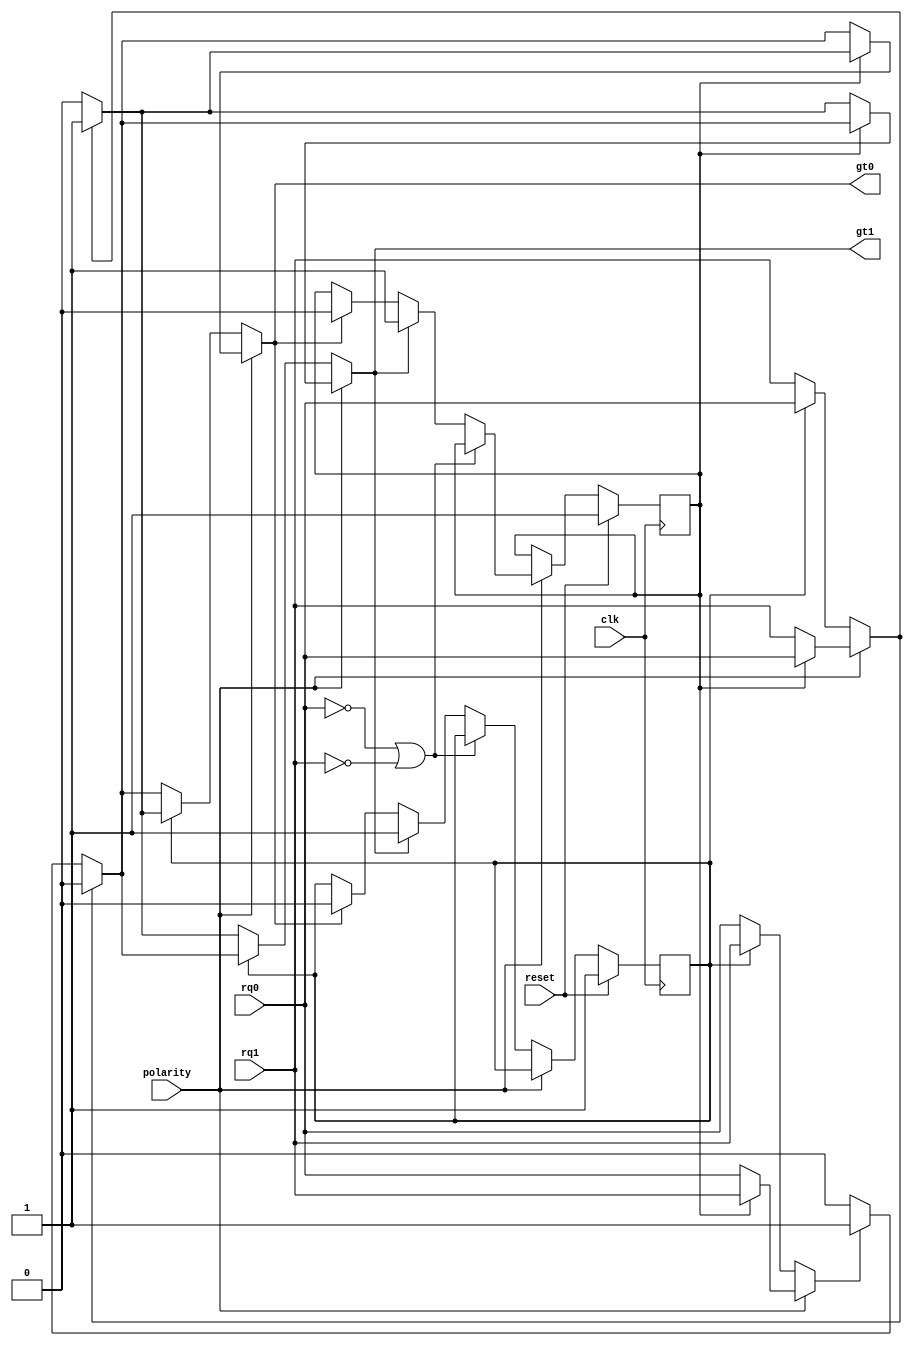
module rotating_prioritizer (clk, reset, polarity, rq0, rq1, gt0, gt1);

	input clk, reset, polarity, rq0, rq1;
	output reg gt0,gt1;
	
	reg gt_last_bf0,gt_last_bf1;  //0 means rq0 was granted last time. 1 means rq1 was granted. 
	
	//Input Barrel shifter
	reg R0,R1;  // output of the Input Barrel shifter
	always @(*)
	begin
		if (polarity) 
		if (~ gt_last_bf1)	begin  //if rq0 was granted last time, do the switch 
			R0 = rq1;
			R1 = rq0;  
			end
		else  begin
			R0 = rq0;
			R1 = rq1;
			end
			
		else 
		if (~ gt_last_bf0)	begin
			R0 = rq1;
			R1 = rq0;  
			end
		else  begin
			R0 = rq0;
			R1 = rq1;
			end
		
	end
	
	//Fixed priority resolver
	reg G0,G1; // output of the Fixed priority resolver
	always  @(*)
	begin
		if (R0)  begin
			G0 = 1;
			G1 = 0;  
			end
		else if (R1)  begin
			G0 = 0;
			G1 = 1;
			end
		else begin
			G0 = 0;
			G1 = 0;
			end
	end
	
	//Output Barrel shifter
	always @(*)
	begin
		if(polarity)
		if (~ gt_last_bf1)	begin
			gt0 = G1;
			gt1 = G0;  
			end
		else  begin
			gt0 = G0;
			gt1 = G1;
			end
			
		else
		if (~ gt_last_bf0)	begin
			gt0 = G1;
			gt1 = G0;  
			end
		else  begin
			gt0 = G0;
			gt1 = G1;
			end
			
	end	
	
	//register that stores the last grant value
	always @( posedge clk)
	begin
		if (reset) begin
			gt_last_bf0 <= 1; 
			gt_last_bf1 <= 1;	end
		else  begin
			if (polarity)
			if ( ~rq0 || ~rq1)
				gt_last_bf1 <= gt_last_bf1;
			else  begin
				if (gt0) gt_last_bf1 <= 0;
				if (gt1) gt_last_bf1 <= 1;
				end
			
			else
			if ( ~rq0 || ~rq1)
				gt_last_bf0 <= gt_last_bf0;
			else  begin
				if (gt0) gt_last_bf0 <= 0;
				if (gt1) gt_last_bf0 <= 1;
				end
				
		end
	end

endmodule